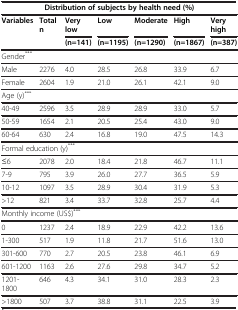
<table><thead><tr><td colspan="7"><b>Distribution of subjects by health need (%)</b></td></tr><tr><td><b>Variables</b></td><td><b>Total n</b></td><td><b>Very low</b></td><td><b>Low</b></td><td><b>Moderate</b></td><td><b>High</b></td><td><b>Very high</b></td></tr><tr><td><b> </b></td><td><b> </b></td><td><b>(n=141)</b></td><td><b>(n=1195)</b></td><td><b>(n=1290)</b></td><td><b>(n=1867)</b></td><td><b>(n=387)</b></td></tr></thead><tbody><tr><td>Gender<sup>***</sup></td><td> </td><td> </td><td> </td><td> </td><td> </td><td> </td></tr><tr><td>Male</td><td>2276</td><td>4.0</td><td>28.5</td><td>26.8</td><td>33.9</td><td>6.7</td></tr><tr><td>Female</td><td>2604</td><td>1.9</td><td>21.0</td><td>26.1</td><td>42.1</td><td>9.0</td></tr><tr><td>Age (y)<sup>***</sup></td><td> </td><td> </td><td> </td><td> </td><td> </td><td> </td></tr><tr><td>40-49</td><td>2596</td><td>3.5</td><td>28.9</td><td>28.9</td><td>33.0</td><td>5.7</td></tr><tr><td>50-59</td><td>1654</td><td>2.1</td><td>20.5</td><td>25.4</td><td>43.0</td><td>9.0</td></tr><tr><td>60-64</td><td>630</td><td>2.4</td><td>16.8</td><td>19.0</td><td>47.5</td><td>14.3</td></tr><tr><td colspan="7">Formal education (y)<sup>***</sup></td></tr><tr><td>≤6</td><td>2078</td><td>2.0</td><td>18.4</td><td>21.8</td><td>46.7</td><td>11.1</td></tr><tr><td>7-9</td><td>795</td><td>3.9</td><td>26.0</td><td>27.7</td><td>36.5</td><td>5.9</td></tr><tr><td>10-12</td><td>1097</td><td>3.5</td><td>28.9</td><td>30.4</td><td>31.9</td><td>5.3</td></tr><tr><td>&gt;12</td><td>821</td><td>3.4</td><td>33.7</td><td>32.8</td><td>25.7</td><td>4.4</td></tr><tr><td colspan="7">Monthly income (US$)<sup>***</sup></td></tr><tr><td>0</td><td>1237</td><td>2.4</td><td>18.9</td><td>22.9</td><td>42.2</td><td>13.6</td></tr><tr><td>1-300</td><td>517</td><td>1.9</td><td>11.8</td><td>21.7</td><td>51.6</td><td>13.0</td></tr><tr><td>301-600</td><td>770</td><td>2.7</td><td>20.5</td><td>23.8</td><td>46.1</td><td>6.9</td></tr><tr><td>601-1200</td><td>1163</td><td>2.6</td><td>27.6</td><td>29.8</td><td>34.7</td><td>5.2</td></tr><tr><td>1201-1800</td><td>646</td><td>4.3</td><td>34.1</td><td>31.0</td><td>28.3</td><td>2.3</td></tr><tr><td>&gt;1800</td><td>507</td><td>3.7</td><td>38.8</td><td>31.1</td><td>22.5</td><td>3.9</td></tr></tbody></table>